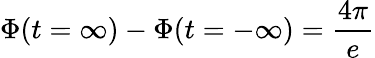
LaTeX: \Phi(t=\infty)-\Phi(t=-\infty)=\frac{4\pi}{e}